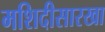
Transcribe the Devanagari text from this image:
मशिदीसारखा